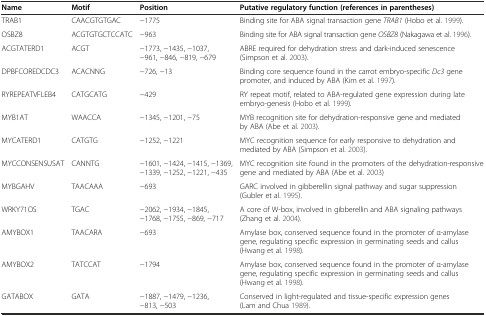
<table><thead><tr><td><b>Name</b></td><td><b>Motif</b></td><td><b>Position</b></td><td><b>Putative regulatory function (references in parentheses)</b></td></tr></thead><tbody><tr><td>TRAB1</td><td>CAACGTGTGAC</td><td>−1775</td><td>Binding site for ABA signal transaction gene <i>TRAB1</i> (Hobo et al. 1999).</td></tr><tr><td>OSBZ8</td><td>ACGTGTGCTCCATC</td><td>−963</td><td>Binding site for ABA signal transaction gene <i>OSBZ8</i> (Nakagawa et al. 1996).</td></tr><tr><td>ACGTATERD1</td><td>ACGT</td><td>−1773, −1435, −1037, −961, −846, −819, −679</td><td>ABRE required for dehydration stress and dark-induced senescence (Simpson et al. 2003).</td></tr><tr><td>DPBFCOREDCDC3</td><td>ACACNNG</td><td>−726, −13</td><td>Binding core sequence found in the carrot embryo-specific <i>Dc3</i> gene promoter, and induced by ABA (Kim et al. 1997).</td></tr><tr><td>RYREPEATVFLEB4</td><td>CATGCATG</td><td>−429</td><td>RY repeat motif, related to ABA-regulated gene expression during late embryo-genesis (Hobo et al. 1999).</td></tr><tr><td>MYB1AT</td><td>WAACCA</td><td>−1345, −1201, −75</td><td>MYB recognition site for dehydration-responsive gene and mediated by ABA (Abe et al. 2003).</td></tr><tr><td>MYCATERD1</td><td>CATGTG</td><td>−1252, −1221</td><td>MYC recognition sequence for early responsive to dehydration and mediated by ABA (Simpson et al. 2003).</td></tr><tr><td>MYCCONSENSUSAT</td><td>CANNTG</td><td>−1601, −1424, −1415, −1369, −1339, −1252, −1221, −435</td><td>MYC recognition site found in the promoters of the dehydration-responsive gene and mediated by ABA (Abe et al. 2003)</td></tr><tr><td>MYBGAHV</td><td>TAACAAA</td><td>−693</td><td>GARC involved in gibberellin signal pathway and sugar suppression (Gubler et al. 1995).</td></tr><tr><td>WRKY71OS</td><td>TGAC</td><td>−2062, −1934, −1845, −1768, −1755, −869, −717</td><td>A core of W-box, involved in gibberellin and ABA signaling pathways (Zhang et al. 2004).</td></tr><tr><td>AMYBOX1</td><td>TAACARA</td><td>−693</td><td>Amylase box, conserved sequence found in the promoter of α-amylase gene, regulating specific expression in germinating seeds and callus (Hwang et al. 1998).</td></tr><tr><td>AMYBOX2</td><td>TATCCAT</td><td>−1794</td><td>Amylase box, conserved sequence found in the promoter of α-amylase gene, regulating specific expression in germinating seeds and callus (Hwang et al. 1998).</td></tr><tr><td>GATABOX</td><td>GATA</td><td>−1887, −1479, −1236, −813, −503</td><td>Conserved in light-regulated and tissue-specific expression genes (Lam and Chua 1989).</td></tr></tbody></table>